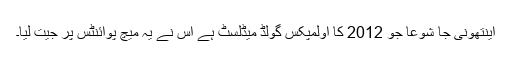
اینتھونی جا شوعا جو 2012 کا اولمپکس گولڈ میڈلسٹ ہے اس نے یہ میچ پوائنٹس پر جیت لیا۔